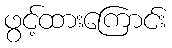
ဖွင့်ထားကြောင်း